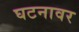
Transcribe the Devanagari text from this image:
घटनावर